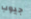
جيوب